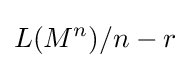
L(M^{n})/n-r\,\!